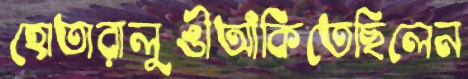
হোতারালুঙীআঁকিতেছিলেন